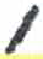
אות: ,